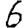
Digit: 6